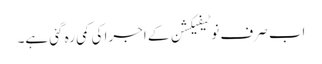
اب صرف نوٹیفیکشن کے اجرا کی کمی رہ گئی ہے۔